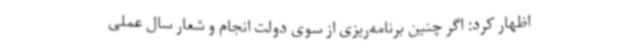
اظهار کرد: اگر چنین برنامه‌ریزی از سوی دولت انجام و شعار سال عملی